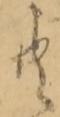
共